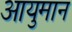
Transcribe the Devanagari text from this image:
आयुमान